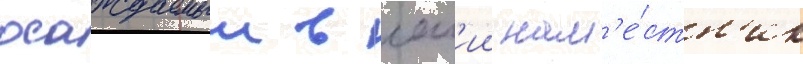
осаждаемыи в лам'ии нам'е́стн'ик